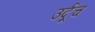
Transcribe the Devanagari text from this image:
उर्दूच